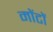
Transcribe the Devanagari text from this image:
मोंटों